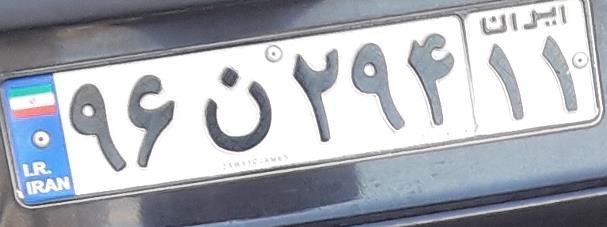
۹۶ن۲۹۴۱۱